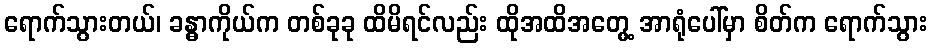
ရောက်သွားတယ်၊ ခန္ဓာကိုယ်က တစ်ခုခု ထိမိရင်လည်း ထိုအထိအတွေ့ အာရုံပေါ်မှာ စိတ်က ရောက်သွား